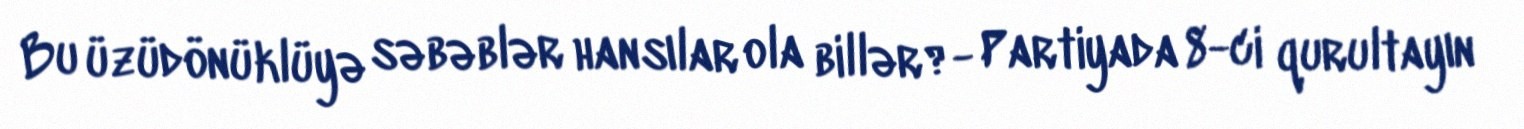
Bu üzüdönüklüyə səbəblər hansılar ola billər?- Partiyada 8-ci qurultayın